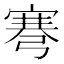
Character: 弿